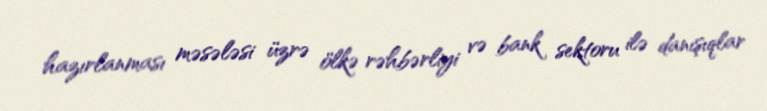
hazırlanması məsələsi üzrə ölkə rəhbərliyi və bank sektoru ilə danışıqlar